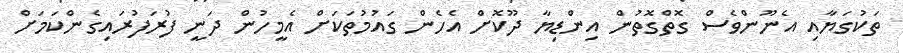
ތަކުގަޔާއި އެނޫންވެސް ގޮތްގޮތުން އިންޑިޔާ ދޫކޮށް އެހެން ގައުމުތަކަށް އެމީހުން ދަނީ ފުރަފުރައިގެންކަމަށް